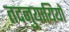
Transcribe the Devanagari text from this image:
तदनुयायियों